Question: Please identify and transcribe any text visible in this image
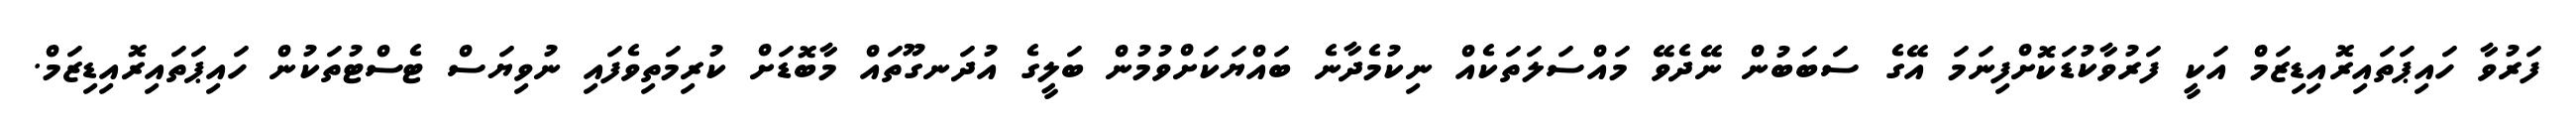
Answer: ފަރުވާ ހައިޕަތައިރޮއިޑިޒަމް އަކީ ފަރުވާކުޑަކޮށްފިނަމަ އޭގެ ސަބަބުން ނޭދެވޭ މައްސަލަތަކެއް ނިކުމެދާނެ ބައްޔަކަށްވުމުން ބަލީގެ އުދަނގޫތައް މާބޮޑަށް ކުރިމަތިވެފައި ނުވިޔަސް ޓެސްޓުތަކުން ހައިޕަތައިރޮއިޑިޒަމް.